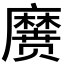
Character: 𱋱